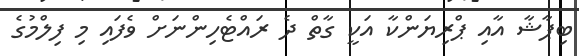
ބިޕާޝާ އާއި ޕްރިޔަންކާ އަކީ ގާތް ދެ ރައްޓެހިންނަށް ވެފައި މި ފިލްމުގެ